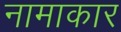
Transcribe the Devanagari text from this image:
नामाकार